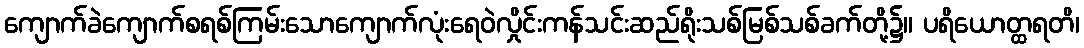
ကျောက်ခဲကျောက်စရစ်ကြမ်းသောကျောက်လုံးရေဝဲလှိုင်းကန်သင်းဆည်ရိုးသစ်မြစ်သစ်ခက်တို့၌။ ပရိယောတ္ထရတိ၊